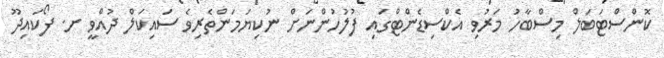
ކޮންސްޓަބަލް މިސްބާހު މަރުވި އެކްސިޑެންޓްގައި ފުލުހުންނަށް ނުކިޔަމަންތެރިވެ ސައިކަލް ދުއްވީ ށ. ފޯކައިދޫ